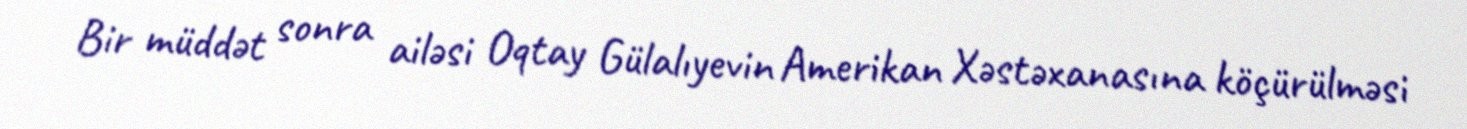
Bir müddət sonra ailəsi Oqtay Gülalıyevin Amerikan Xəstəxanasına köçürülməsi